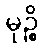
မုဉ္စိ